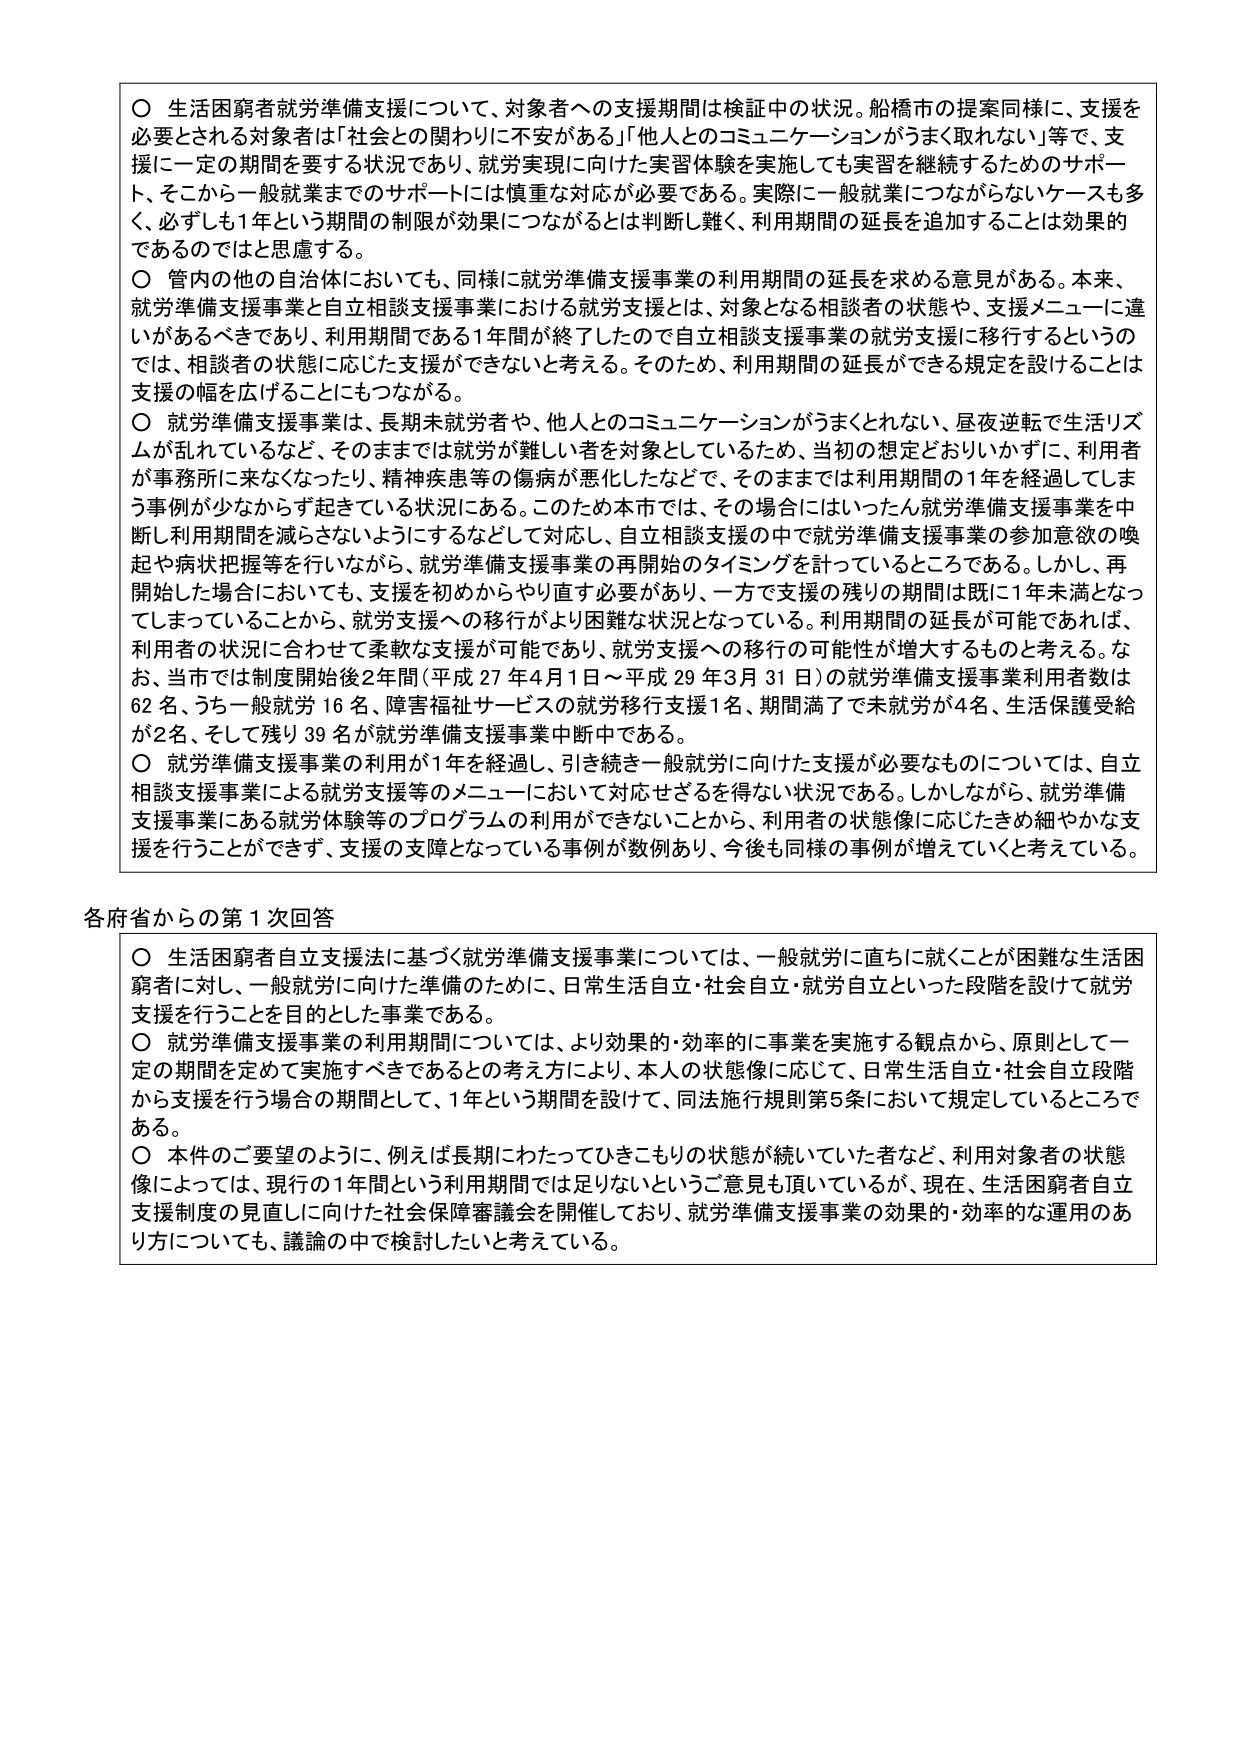
○ 生活困窮者就労準備支援について、対象者への支援期間は検証中の状況。船橋市の提案同様に、支援を必要とされる対象者は「社会との関わりに不安がある」「他人とのコミュニケーションがうまく取れない」等で、支援に一定の期間を要する状況であり、就労実現に向けた実習体験を実施しても実習を継続するためのサポート、そこから一般就業までのサポートには慎重な対応が必要である。実際に一般就業につながらないケースも多く、必ずしも1年という期間の制限が効果につながるとは判断し難く、利用期間の延長を追加することは効果的であるのではと思慮する。

○ 管内の他の自治体においても、同様に就労準備支援事業の利用期間の延長を求める意見がある。本来、就労準備支援事業と自立相談支援事業における就労支援とは、対象となる相談者の状態や、支援メニューに違いがあるべきであり、利用期間である1年間が終了したので自立相談支援事業の就労支援に移行するというのでは、相談者の状態に応じた支援ができないと考える。そのため、利用期間の延長ができる規定を設けることは支援の幅を広げることにもつながる。

○ 就労準備支援事業は、長期未就労者や、他人とのコミュニケーションがうまくとれない、昼夜逆転で生活リズムが乱れているなど、そのままでは就労が難しい者を対象としているため、当初の想定どおりいかずに、利用者が事務所に来なくなったり、精神疾患等の傷病が悪化したなどで、そのままでは利用期間の1年を経過してしまう事例が少なからず起きている状況にある。このため本市では、その場合にはいったん就労準備支援事業を中断し利用期間を減らさないようにするなどして対応し、自立相談支援の中で就労準備支援事業の参加意欲の喚起や病状把握等を行いながら、就労準備支援事業の再開始のタイミングを計っているところである。しかし、再開始した場合においても、支援を初めからやり直す必要があり、一方で支援の残りの期間は既に1年未満となってしまっていることから、就労支援への移行がより困難な状況となっている。利用期間の延長が可能であれば、利用者の状況に合わせて柔軟な支援が可能であり、就労支援への移行の可能性が増大するものと考える。なお、当市では制度開始後2年間（平成27年4月1日～平成29年3月31日）の就労準備支援事業利用者数は62名、うち一般就労16名、障害福祉サービスの就労移行支援1名、期間満了で未就労が4名、生活保護受給が2名、そして残り39名が就労準備支援事業中断中である。

○ 就労準備支援事業の利用が1年を経過し、引き続き一般就労に向けた支援が必要なものについては、自立相談支援事業による就労支援等のメニューにおいて対応せざるを得ない状況である。しかしながら、就労準備支援事業にある就労体験等のプログラムの利用ができないことから、利用者の状態像に応じたきめ細やかな支援を行うことができず、支援の支障となっている事例が数例あり、今後も同様の事例が増えていくと考えている。

各府省からの第1次回答

○ 生活困窮者自立支援法に基づく就労準備支援事業については、一般就労に直ちに就くことが困難な生活困窮者に対し、一般就労に向けた準備のために、日常生活自立・社会自立・就労自立といった段階を設けて就労支援を行うことを目的とした事業である。

○ 就労準備支援事業の利用期間については、より効果的・効率的に事業を実施する観点から、原則として一定の期間を定めて実施すべきであるとの考え方により、本人の状態像に応じて、日常生活自立・社会自立段階から支援を行う場合の期間として、1年という期間を設けて、同法施行規則第5条において規定しているところである。

○ 本件のご要望のように、例えば長期にわたってひきこもりの状態が続いていた者など、利用対象者の状態像によっては、現行の1年間という利用期間では足りないというご意見も頂いているが、現在、生活困窮者自立支援制度の見直しに向けた社会保障審議会を開催しており、就労準備支援事業の効果的・効率的な運用のあり方についても、議論の中で検討したいと考えている。